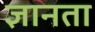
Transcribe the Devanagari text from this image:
ज्ञानता